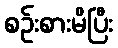
စဉ်းစားမိပြီး